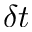
\delta t